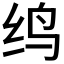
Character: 𬘞